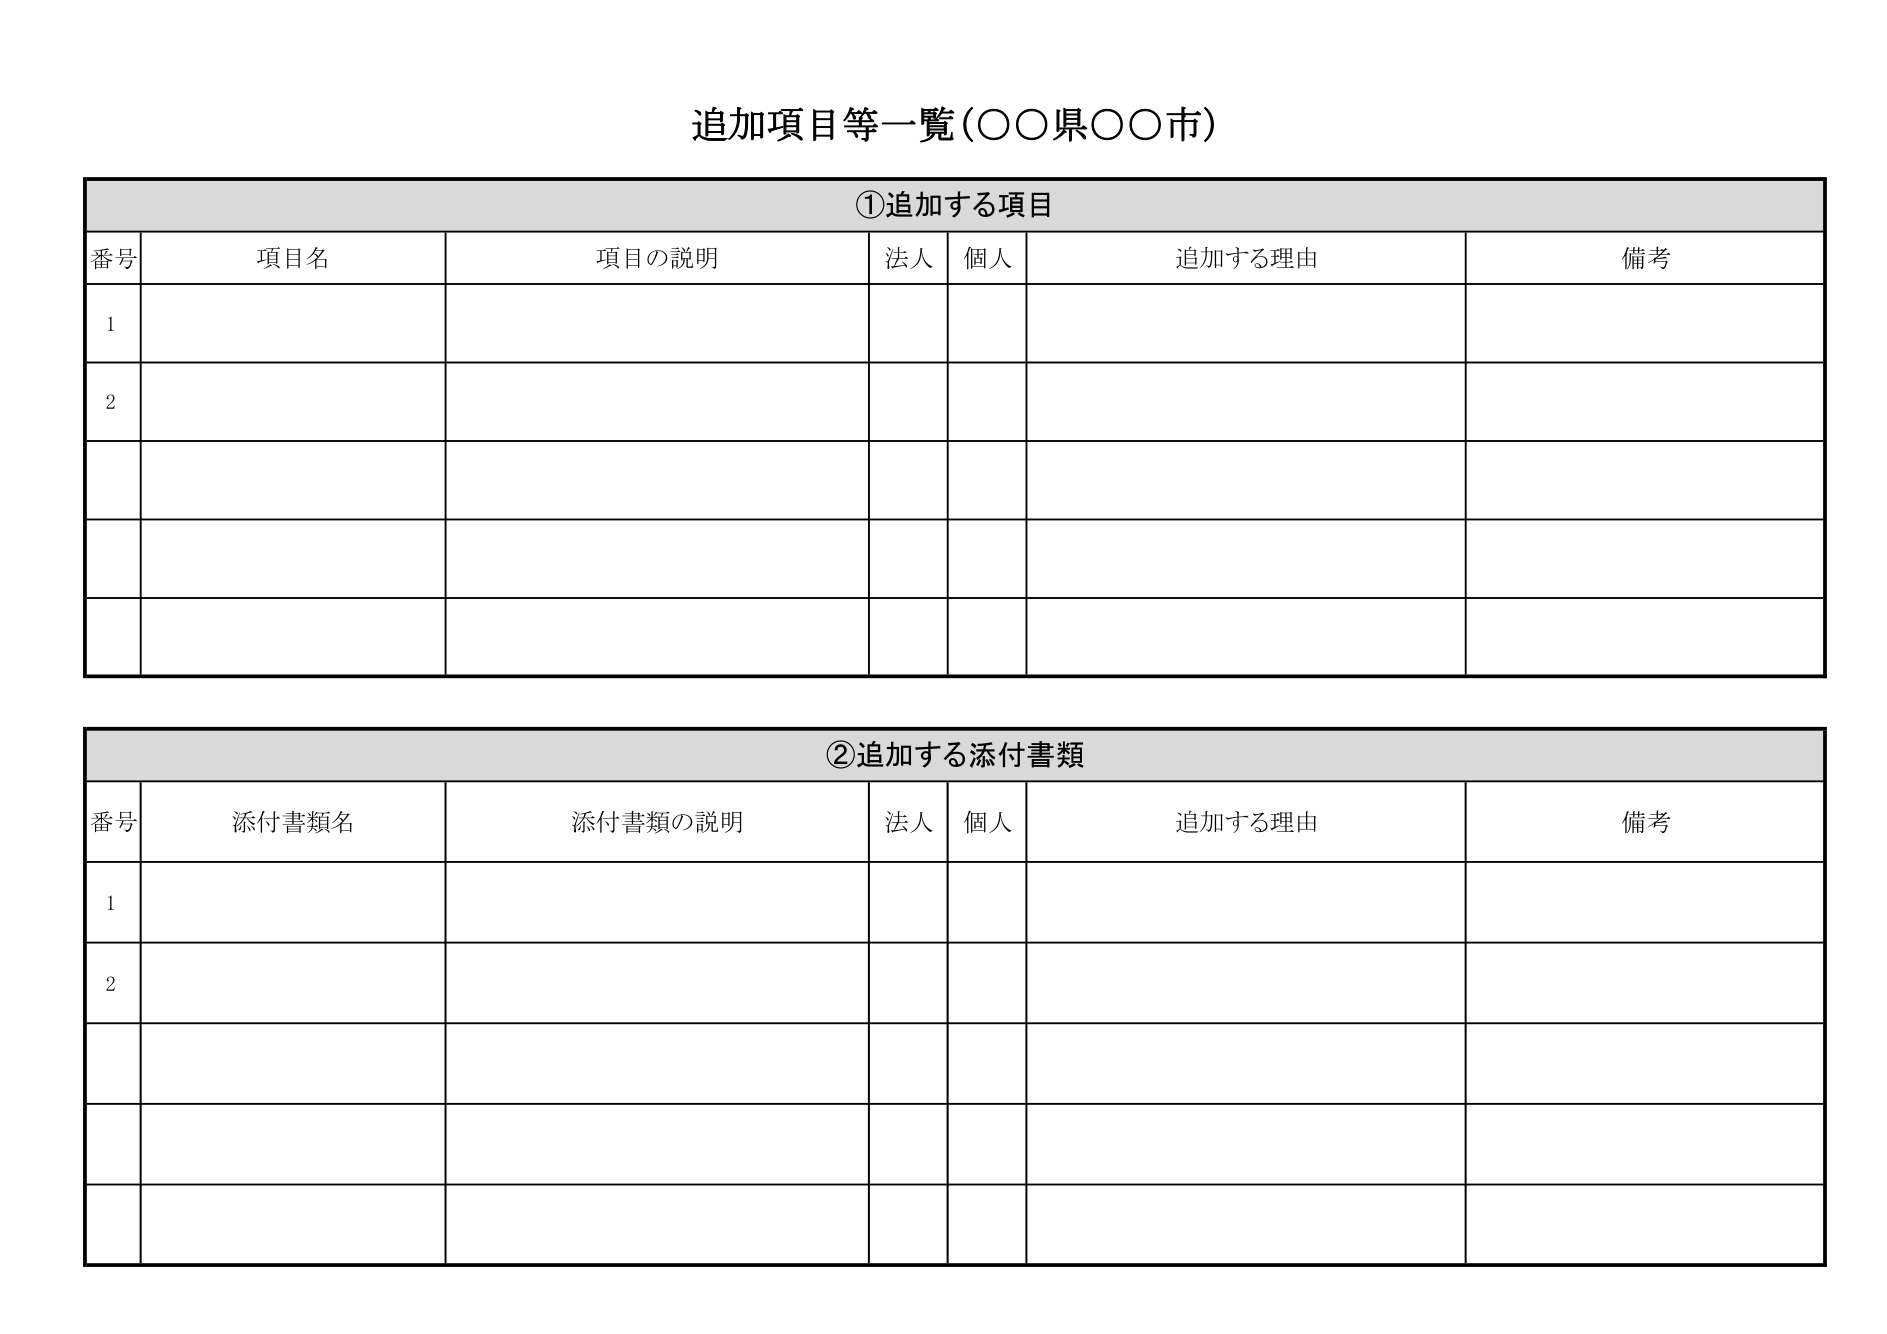
追加項目等一覧（○○県○○市）

①追加する項目
番号　項目名　項目の説明　法人　個人　追加する理由　備考
1
2

②追加する添付書類
番号　添付書類名　添付書類の説明　法人　個人　追加する理由　備考
1
2